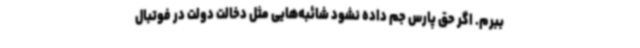
ببرم. اگر حق پارس جم داده نشود شائبه‌هایی مثل دخالت دولت در فوتبال